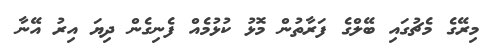
މިރޭގެ މެޗުގައި ބޭލްގެ ފަރާތުން މޮޅު ކުޅުމެއް ފެނިގެން ދިޔަ އިރު އޭނާ